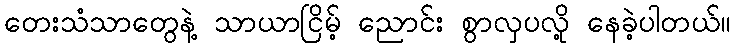
တေးသံသာတွေနဲ့ သာယာငြိမ့် ညောင်း စွာလှပလို့ နေခဲ့ပါတယ်။